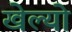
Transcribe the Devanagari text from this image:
खेल्यो